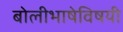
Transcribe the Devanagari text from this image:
बोलीभाषेविषयी